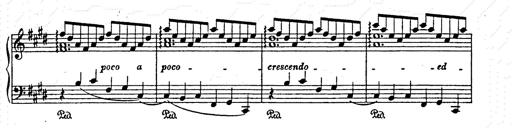
Title: AnnÃ©es de pÃ¨lerinage II
Composer: Franz Liszt